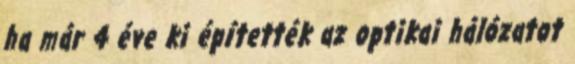
ha már 4 éve ki építették az optikai hálózatot